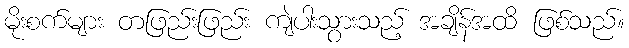
မိုးစက်များ တဖြည်းဖြည်း ကျဲပါးသွားသည့် အချိန်အထိ ဖြစ်သည်။